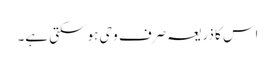
اس کا ذریعہ صرف وحی ہو سکتی ہے۔